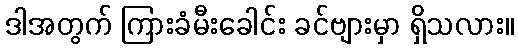
ဒါအတွက် ကြားခံမီးခေါင်း ခင်ဗျားမှာ ရှိသလား။